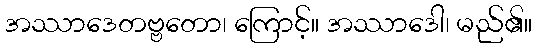
အဿာဒေတဗ္ဗတော၊ ကြောင့်။ အဿာဒေါ၊ မည်၏။